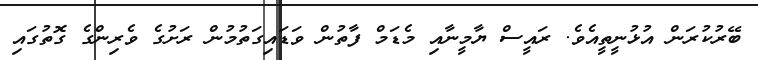
ބޭރުކުރަން އުޅުނީތީއެވެ. ރައީސް ޔާމީނާއި މެޑަމް ފާތުން ވަޑައިގަތުމުން ރަށުގެ ވެރިންގެ ގޮތުގައި